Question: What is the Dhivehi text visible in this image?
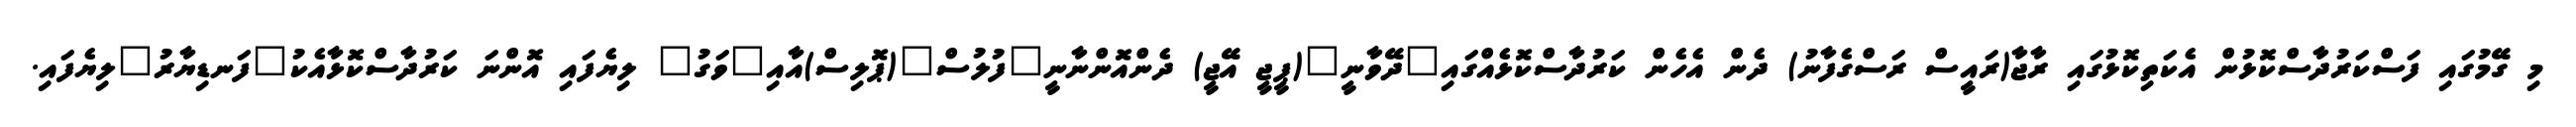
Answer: މި ގޭމުގައި ފަސްކަރުދާސްކޮޅުން އެކަތިކޮޅުގައި ރާޖާ(ރައީސް ރަސްގެފާނު) ދެން އެހެން ކަރުދާސްކޮޅެއްގައި"ދޭވާނީ"(ޕީޖީ އޭޖީ) ދެންއޮންނާނީ"ފުލުސް"(ޕޮލިސް)އާއި"ވަގު" ލިޔެފައި އޮންނަ ކަރުދާސްކޮޅާއެކު"ފަނޑިޔާރު"ލިޔެފައި.